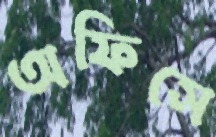
অফিসে